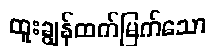
ထူးချွန်ထက်မြက်သော